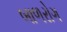
બાળરોગ